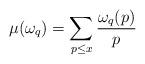
LaTeX: \begin{align*}\mu(\omega_q) = \sum_{p \leq x} \frac{\omega_q(p)}{p}\end{align*}